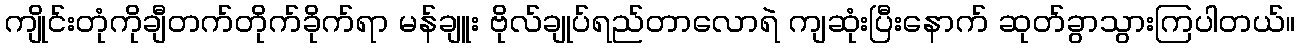
ကျိုင်းတုံကိုချီတက်တိုက်ခိုက်ရာ မန်ချူး ဗိုလ်ချုပ်ရည်တာလောရဲ ကျဆုံးပြီးနောက် ဆုတ်ခွာသွားကြပါတယ်။